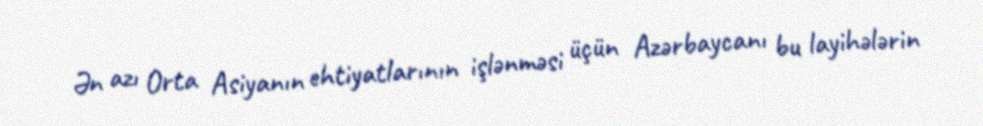
Ən azı Orta Asiyanın ehtiyatlarının işlənməsi üçün Azərbaycanı bu layihələrin